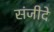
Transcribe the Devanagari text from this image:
संजीदे